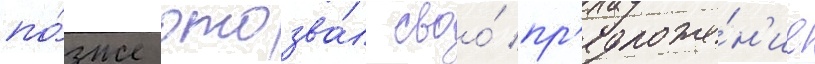
по́зже отозва́л своо́ пр'едложе́н'ие